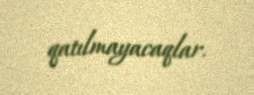
qatılmayacaqlar.